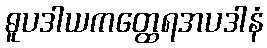
ဓူပဒါယကတ္ထေရအပဒါနံ